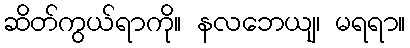
ဆိတ်ကွယ်ရာကို။ နလဘေယျ၊ မရရာ။